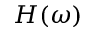
H ( \omega )